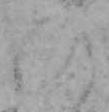
ひ